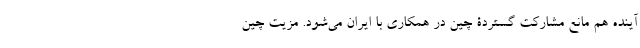
آینده هم مانع مشارکت گستردۀ چین در همکاری با ایران می‌شود. مزیت چین